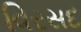
વિરસદ